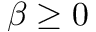
\beta \ge 0